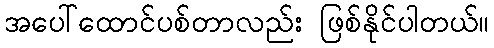
အပေါ်ထောင်ပစ်တာလည်း ဖြစ်နိုင်ပါတယ်။